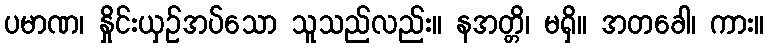
ပမာဏ၊ နှိုင်းယှဉ်အပ်သော သူသည်လည်း။ နအတ္တိ၊ မရှိ။ အတခေါ၊ ကား။